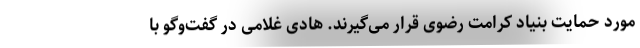
مورد حمایت بنیاد کرامت رضوی قرار می‌گیرند. هادی غلامی در گفت‌وگو با